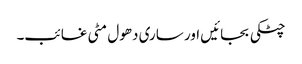
چٹکی بجائیں اور ساری دھول مٹی غائب۔